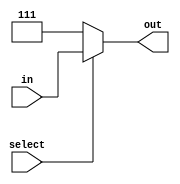
module control_signal_mux(select,in,out);
input select;
input [2:0] in;
output reg [2:0] out;

always@* begin
if(select == 1) begin 
out = in;
end else begin
out = 3'b111;
end



end
endmodule

//always@(select) begin
//if(select == 1) begin 
//out = in;
//end else begin
//out = 3'b111;
//end
//
//
//
//end
//endmodule